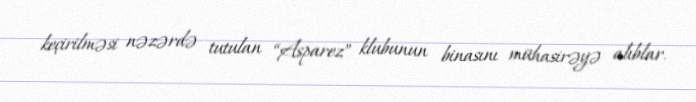
keçirilməsi nəzərdə tutulan “Asparez” klubunun binasını mühasirəyə alıblar.